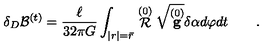
\delta _ { D } { \cal B } ^ { ( t ) } = \frac \ell { 3 2 \pi G } \int _ { | r | = \bar { r } } \stackrel { ( 0 ) } { \cal R } \sqrt { \stackrel { ( 0 ) } { \bf g } } \delta \alpha d \varphi d t \qquad .